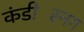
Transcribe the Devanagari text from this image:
कंडीस्निंग